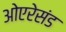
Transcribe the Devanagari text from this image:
ओएरेसंड